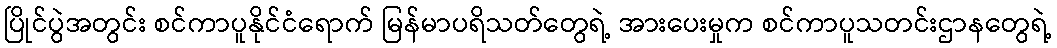
ပြိုင်ပွဲအတွင်း စင်ကာပူနိုင်ငံရောက် မြန်မာပရိသတ်တွေရဲ့ အားပေးမှုက စင်ကာပူသတင်းဌာနတွေရဲ့